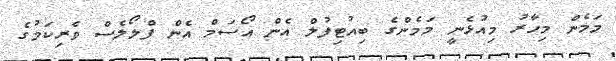
މަމެން މިހާރު މިއުޅެނީ މަމެންގެ ބިއުޓިފުލް އެން އޯސަމް އެން ފްލޯލެސް ވެރިކަމުގެ